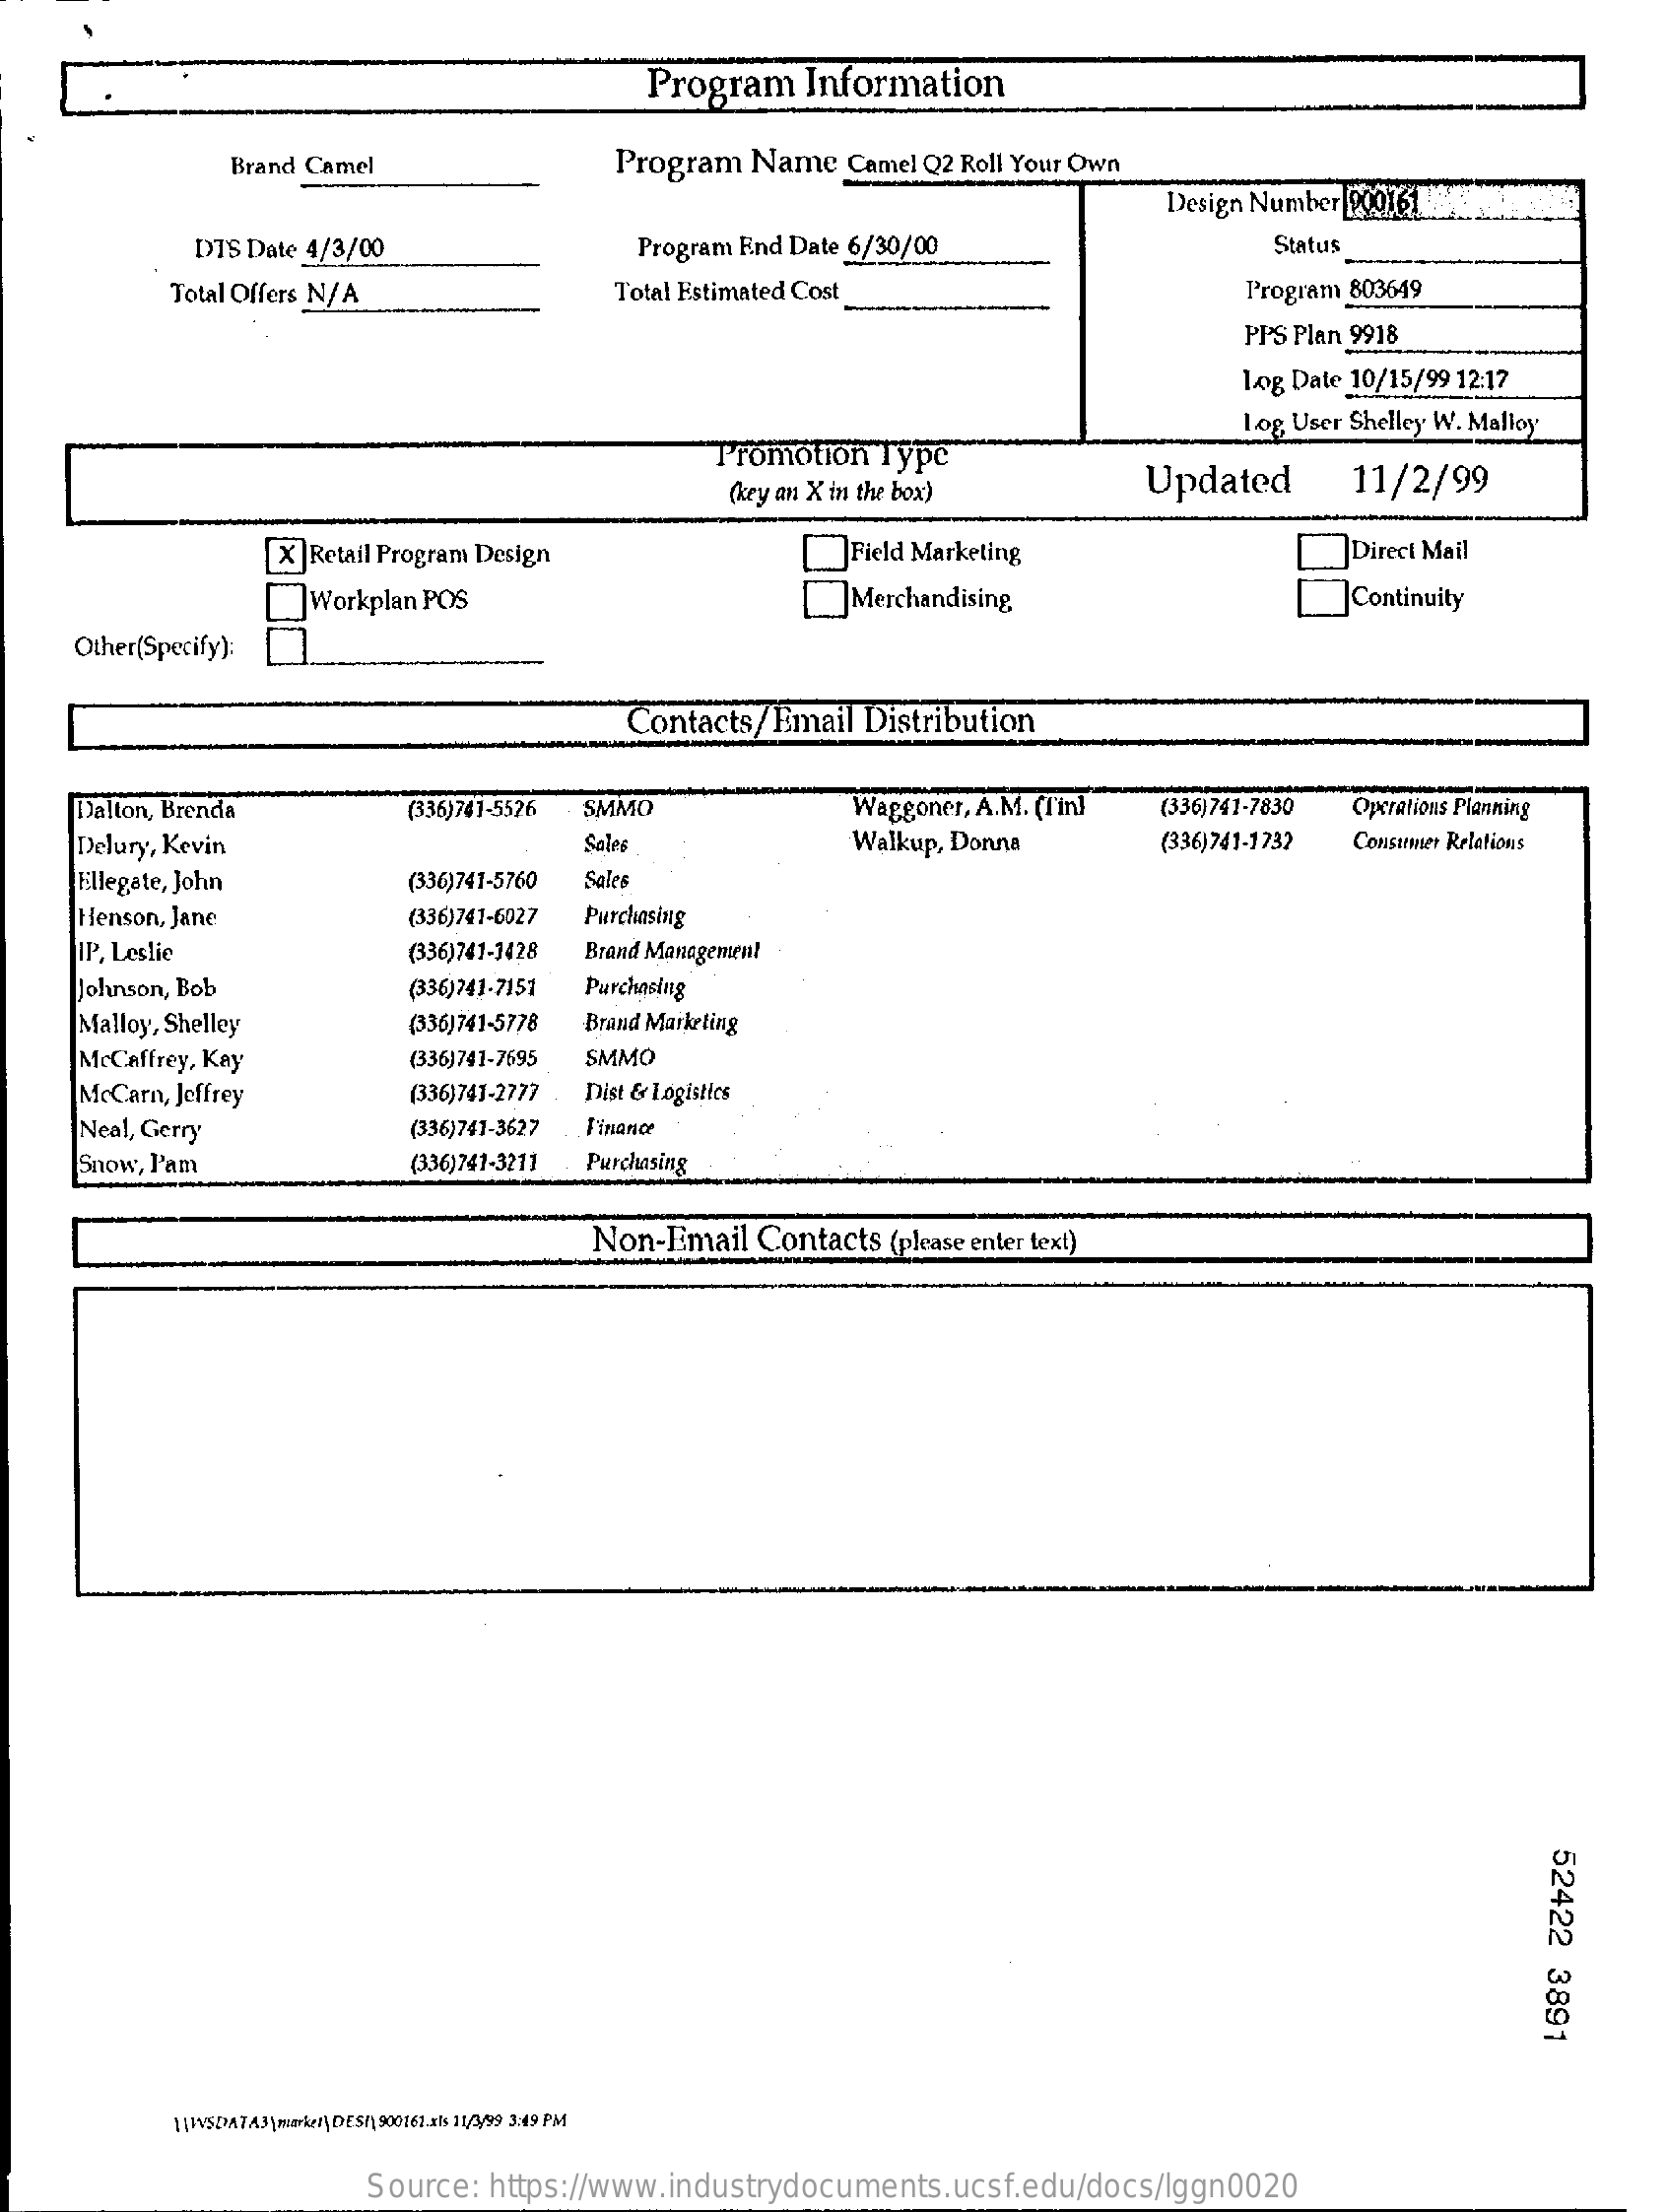
Program  Information
     Brand Camel    Program Name Camel Q2 Roll Your Own
     Design Number 200161
     DTS Date 4/3/00    Program End Date 6/30/00    Status
     Total Offers N/A    Total Estimated Cost    Program 803649
     PPS Plan 9918
     Log Date 10/15/99 12:17
     Log User Shelley W. Malloy
     Promotion Type
     (key an X in the box) Updated    11/2/99
     [X ]Retail Program Design    _Field Marketing    Direct Mail
     Workplan POS    __ Merchandising,    _]Continuity
    Other(Specify):
     Contacts/Email Distribution
    Dalton, Brenda    (336)741-5526 SMMO    Waggoner, A.M. (fin] (336)741-7830 Operations Planning
    Delury, Kevin    Sales    Walkup, Donna   (336)741-1732 Consumer Relations
     Ellegate, John   (336)741-5760 Sales
    Henson, Jane    (336)741-6027 Purchasing
     IP, Leslie    (336)741-1428 Brand Management
    Johnson, Bob    (336)741-7151 Purchasing
     Malloy, Shelley   (336)741-5778 Brand Marketing
     McCaffrey, Kay    (336)741-7695 SMMO
     McCarn, Jeffrey   (336)741-2777 Dist & Logistics
     Neal, Gerry    (336)741-3627 Finance
     Snow, l'am    (336)741-3211 Purchasing
     Non-Email Contacts (please enter text)
     52422
     3891
     \UNSDATA3\mo\/\DES\900161.als 11/3/99 3:49 PM
     Source: https://www.industrydocuments.ucsf.edu/docs/lggn0020